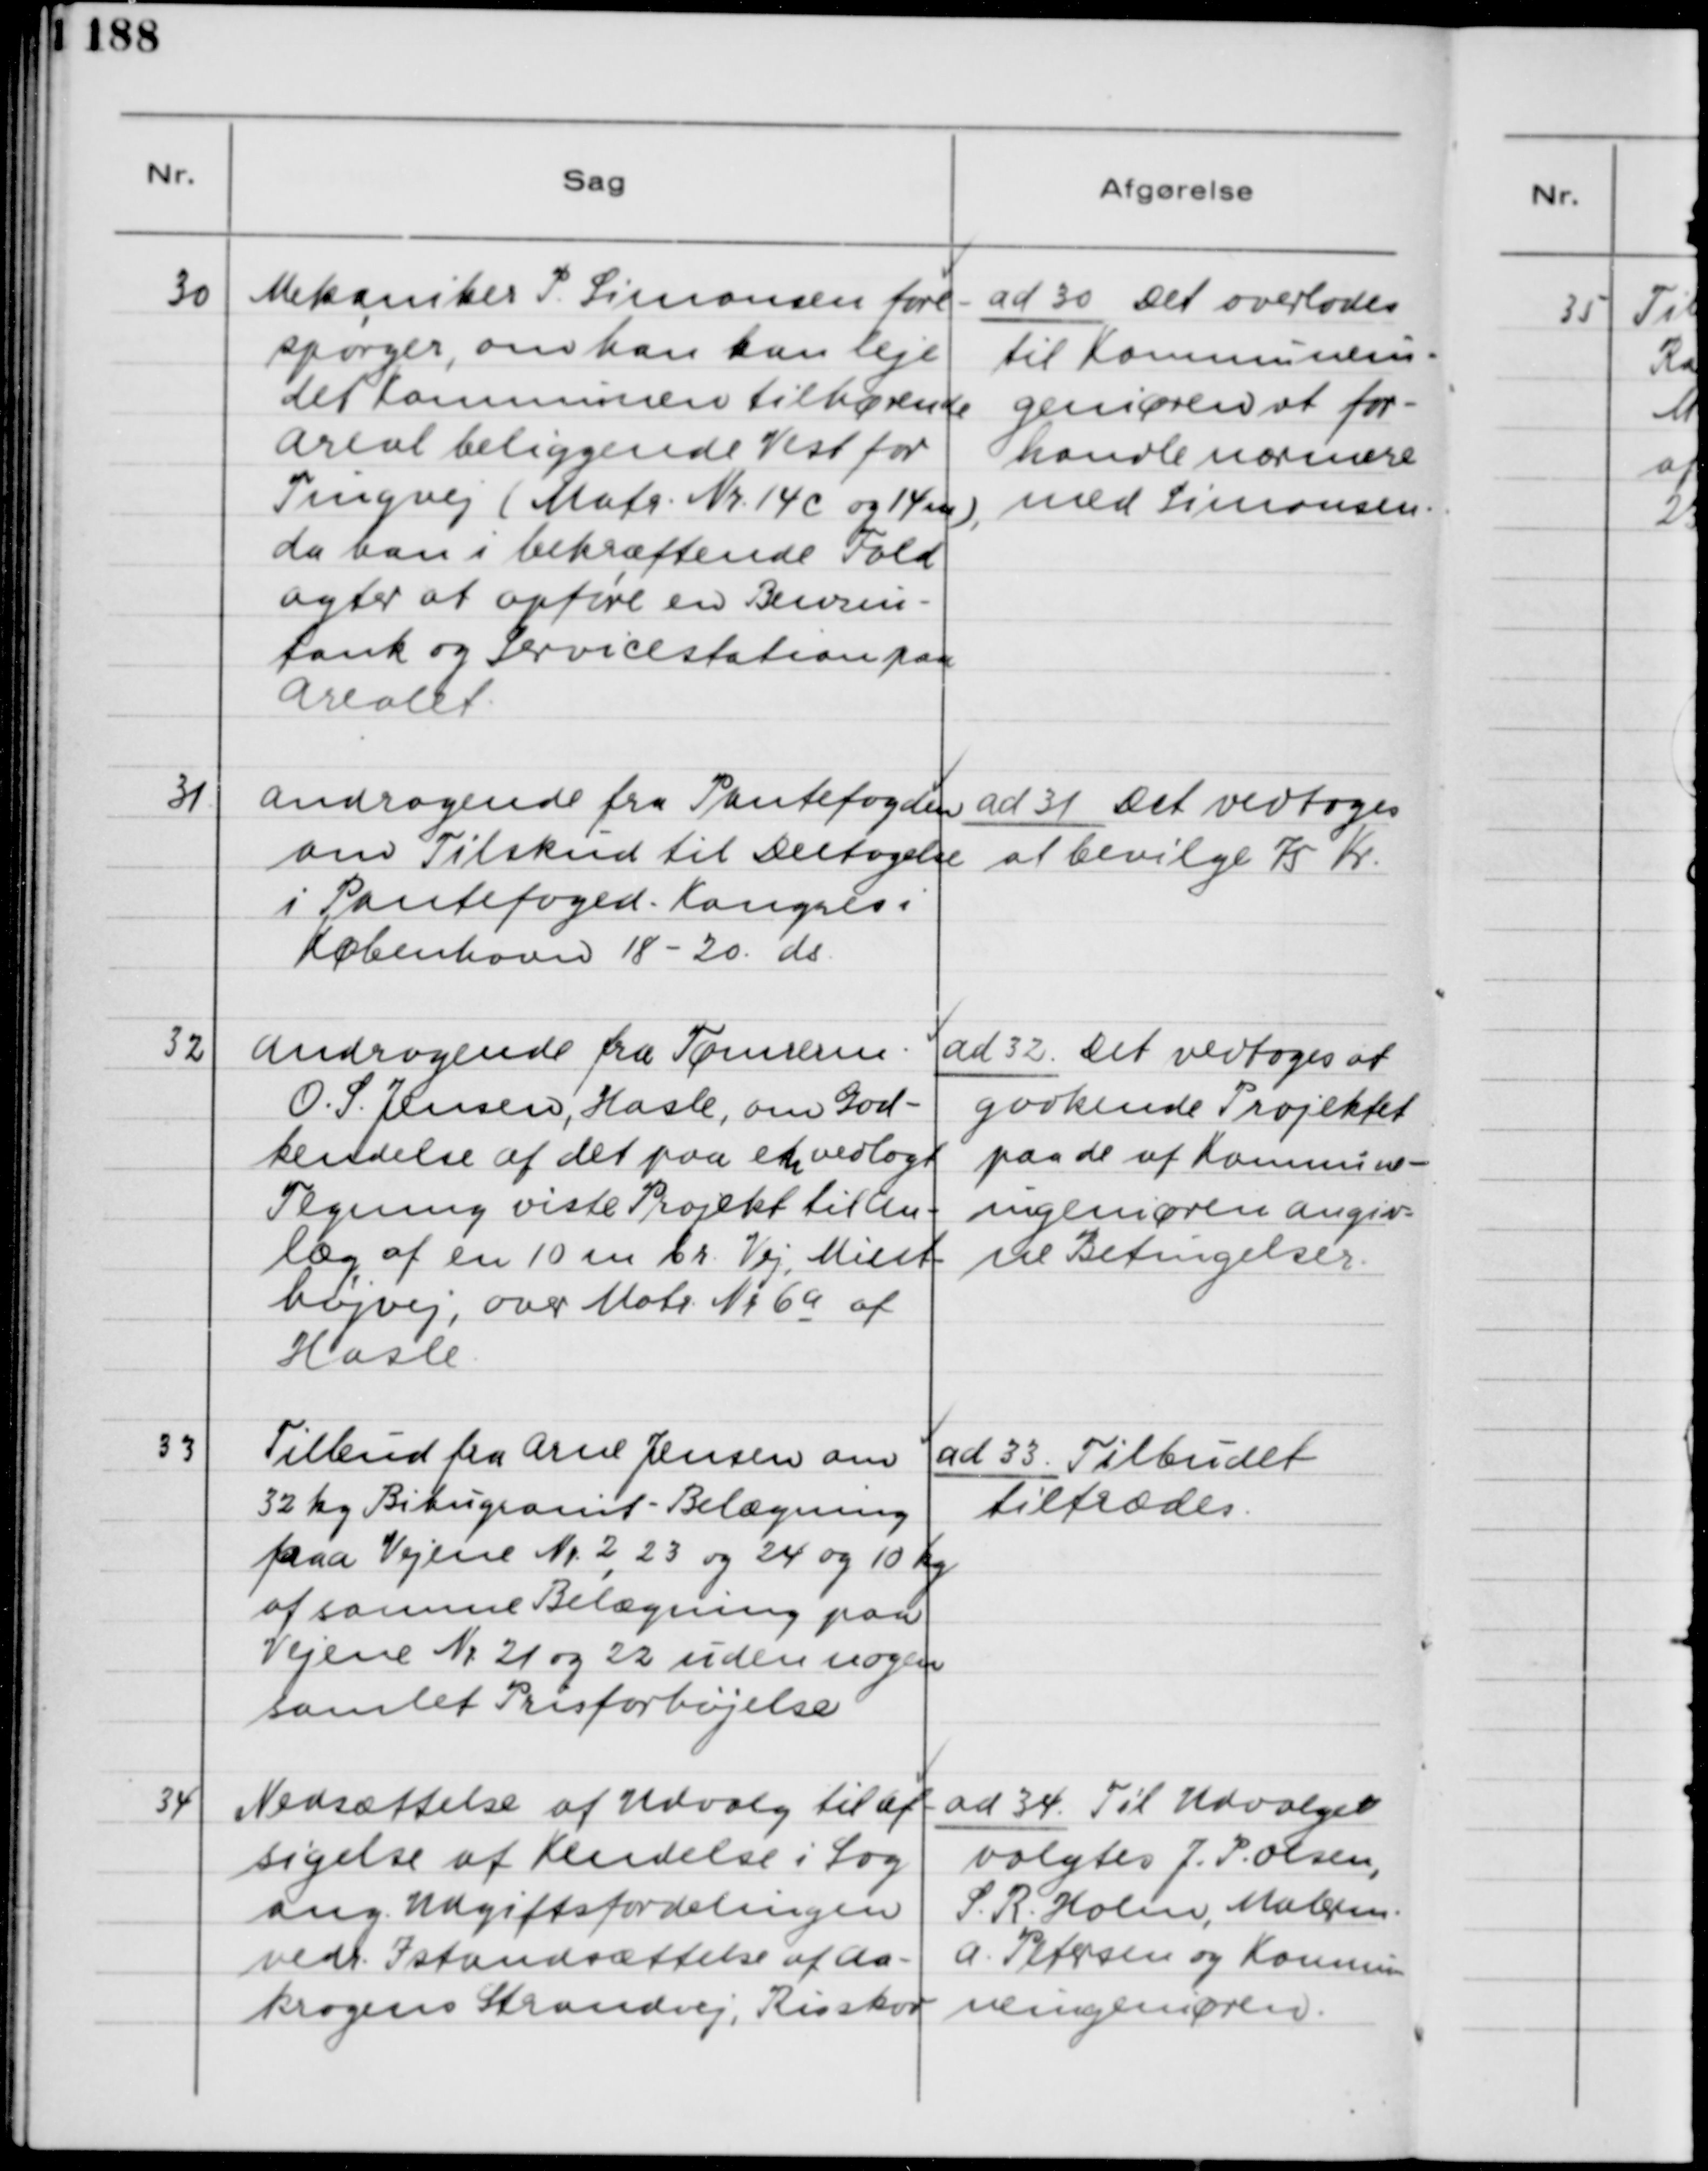
Transskription:
30

Mekaniker P. Simonsen fore-
spørger, om han kan leje
det Kommunen tilbagehørende
Areal beliggende Vest for
Tingvej (Matr. Nr. 14c og 14m),
da han i bekræftende Fald
agter at opføre en Benzin-
tank og Servicestation paa
Arealet.

ad 30. Det overlades
til Kommunein-
geniøren at for-
handle nærmere
med Simonsen.

31.

Andragende fra Pantefogden
om Tilskud til Deltagelse
i Pantefoged- Kongres i
København 18 - 20. ds.

ad 31 Det vedtoges
at bevilge 75 Kr.

32

Andragende fra Tømrerm.
O. S. Jensen, Hasle, om God-
kendelse af det paa en vedlagt
Tegning viste Projekt til An-
læg af en 10 m br. Vej, Mint-
højvej, over Matr. Nr. 6a af
Hasle.

ad 32. Det vedtoges at
godkende Projektet
paa de af Kommunein-
geniøren angiv-
ne Betingelser.

33

Tilbud fra Arne Jensen om
32 kg. Bitugranit- Belægning
paa Vejene Nr. 2
,
23 og 24 og 10 kr.
af samme Belægning paa
Vejene Nr. 21 og 22 uden nogen
samlet Prisforhøjelse.

ad 33. Tilbudet
tiltrædes

34

Nedsættelse af Udvalg til af-
sigelse af Kendelse i Sag
ang. Udgiftsfordelingen
vedr. Istandsættelse af Aa-
krogens Strandvej, Risskov.

ad 34. Til Udvalget
valgtes J. P. Olsen,
S. R. Holm, Malerm.
A. Petersen og Kommu-
neingeniøren.